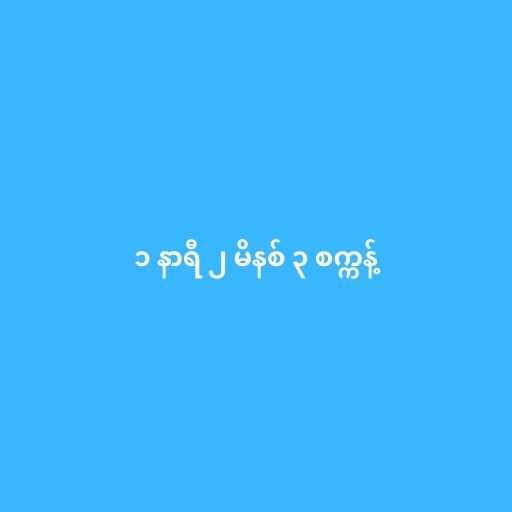
၁ နာရီ ၂ မိနစ် ၃ စက္ကန့်